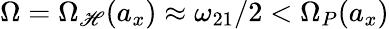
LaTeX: \Omega=\Omega_{\mathscr{H}}(a_{x})\approx\omega_{21}/2<\Omega_{P}(a_{x})